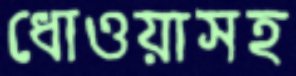
ধোওয়াসহ